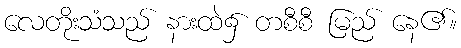
လေတိုးသံသည် နားထဲ၌ တစီစီ မြည် နေ၏။